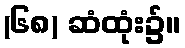
(၆၈) ဆံထုံး၌။